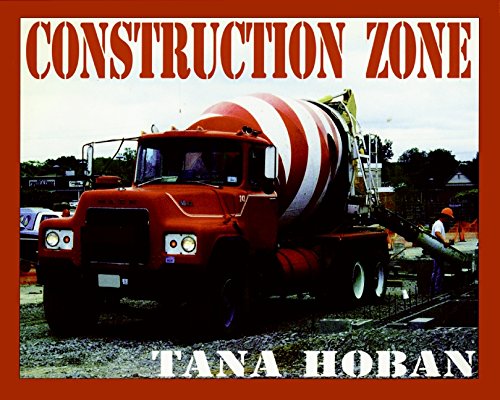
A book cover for Construction Zone; Tana Hoban; Children's Books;